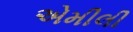
એમીલી